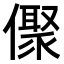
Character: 𠏭